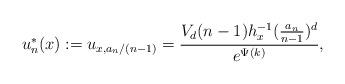
LaTeX: \begin{align*}u_n^*(x) := u_{x,a_n/(n-1)} = \frac{V_d(n-1)h_x^{-1}(\frac{a_n}{n-1})^d}{e^{\Psi(k)}},\end{align*}